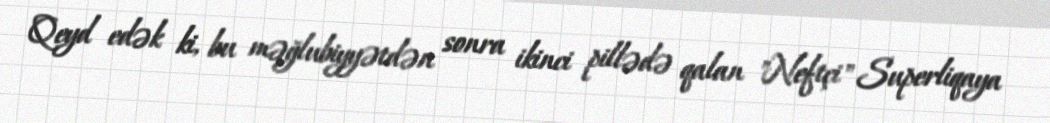
Qeyd edək ki, bu məğlubiyyətdən sonra ikinci pillədə qalan "Neftçi" Superliqaya